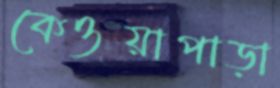
কেওয়াপাড়া